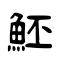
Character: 魾